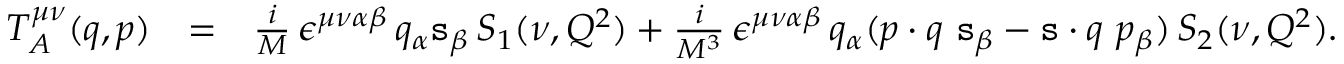
\begin{array} { r l r } { T _ { A } ^ { \mu \nu } ( q , p ) } & { = } & { \frac { i } { M } \, \epsilon ^ { \mu \nu \alpha \beta } \, q _ { \alpha } \mathtt { s } _ { \beta } \, S _ { 1 } ( \nu , Q ^ { 2 } ) + \frac { i } { M ^ { 3 } } \, \epsilon ^ { \mu \nu \alpha \beta } \, q _ { \alpha } ( p \cdot q \ \mathtt { s } _ { \beta } - \mathtt { s } \cdot q \ p _ { \beta } ) \, S _ { 2 } ( \nu , Q ^ { 2 } ) . } \end{array}